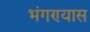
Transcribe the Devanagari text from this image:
भंगण्यास